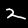
Digit: 2